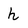
Character: h